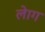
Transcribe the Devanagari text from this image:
लेाग